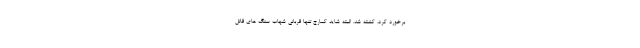
برخورد کرد، کشته شد. البته شاید کمارج تنها قربانی شهاب سنگ های قاتل